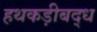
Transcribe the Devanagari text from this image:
हथकड़ीबद्ध